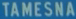
TAMESNA